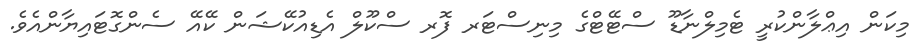
މިކަން އިޢްލާންކުރީ ޓެމިލްނާޑޫ ސްޓޭޓްގެ މިނިސްޓަރ ފޮރ ސްކޫލް އެޑިއުކޭޝަން ކޭއޭ ސެންގޮޓައިޔާންއެވެ.